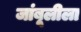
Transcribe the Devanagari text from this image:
जांबूलीला